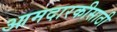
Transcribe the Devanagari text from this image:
आमदारकीसाठी